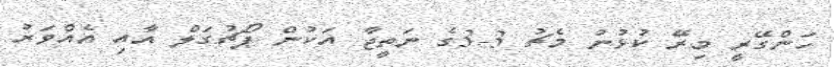
ހަންގޭރީ މިރޭ ކުޅުނު މެޗު 3-3ގެ ނަތީޖާ އަކުން ޕޯޗުގަލް އާއި އެއްވަރު